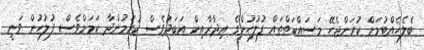
ބެލެހެއްޓުމަށް ކުރަންޖެހޭ މަސައްކަތްތައް ފުލުހުންގެ އިދާރާއިން އަބަދުވެސް ކުރަމުންދާ ކަމަށްވެސް ފުލުހުން ވަނީ